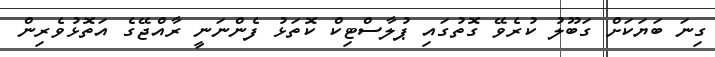
ގިނަ ބަޔަކަށް ގަބޫލު ކުރެވޭ ގޮތުގައި ޕުލާސްޓިކް ކޮތަޅު ފެންނަނީ ރާއްޖޭގެ އަތޮޅުވެރިން